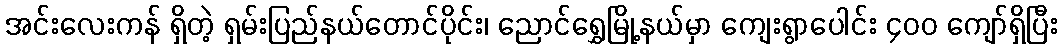
အင်းလေးကန် ရှိတဲ့ ရှမ်းပြည်နယ်တောင်ပိုင်း၊ ညောင်ရွှေမြို့နယ်မှာ ကျေးရွာပေါင်း ၄၀၀ ကျော်ရှိပြီး